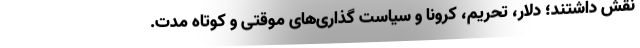
نقش داشتند؛ دلار، تحریم، کرونا و سیاست گذاری‌های موقتی و کوتاه مدت.